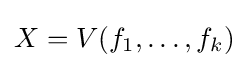
X=V(f_{1},\dots ,f_{k})